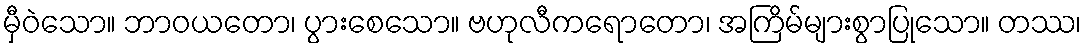
မှီဝဲသော။ ဘာဝယတော၊ ပွားစေသော။ ဗဟုလီကရောတော၊ အကြိမ်များစွာပြုသော။ တဿ၊